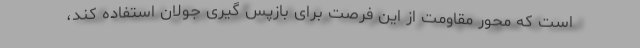
است که محور مقاومت از این فرصت برای بازپس گیری جولان استفاده کند،